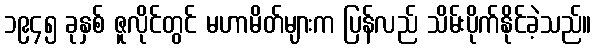
၁၉၄၅ ခုနှစ် ဇူလိုင်တွင် မဟာမိတ်များက ပြန်လည် သိမ်းပိုက်နိုင်ခဲ့သည်။